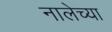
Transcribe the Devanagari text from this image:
नालेच्या